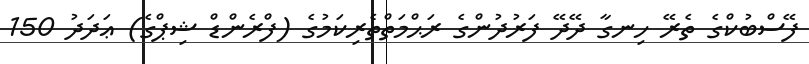
ފޭސްބުކްގެ ތެރޭ ހިނގާ ދޭދޭ ފަރުދުންގެ ރަޙްމަތްތެރިކަމުގެ (ފްރެންޑް ޝިޕްގެ) ޢަދަދު 150